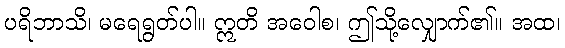
ပရိဘာသိ၊ မရေရွတ်ပါ။ ဣတိ အဝေါစ၊ ဤသို့လျှောက်၏။ အထ၊